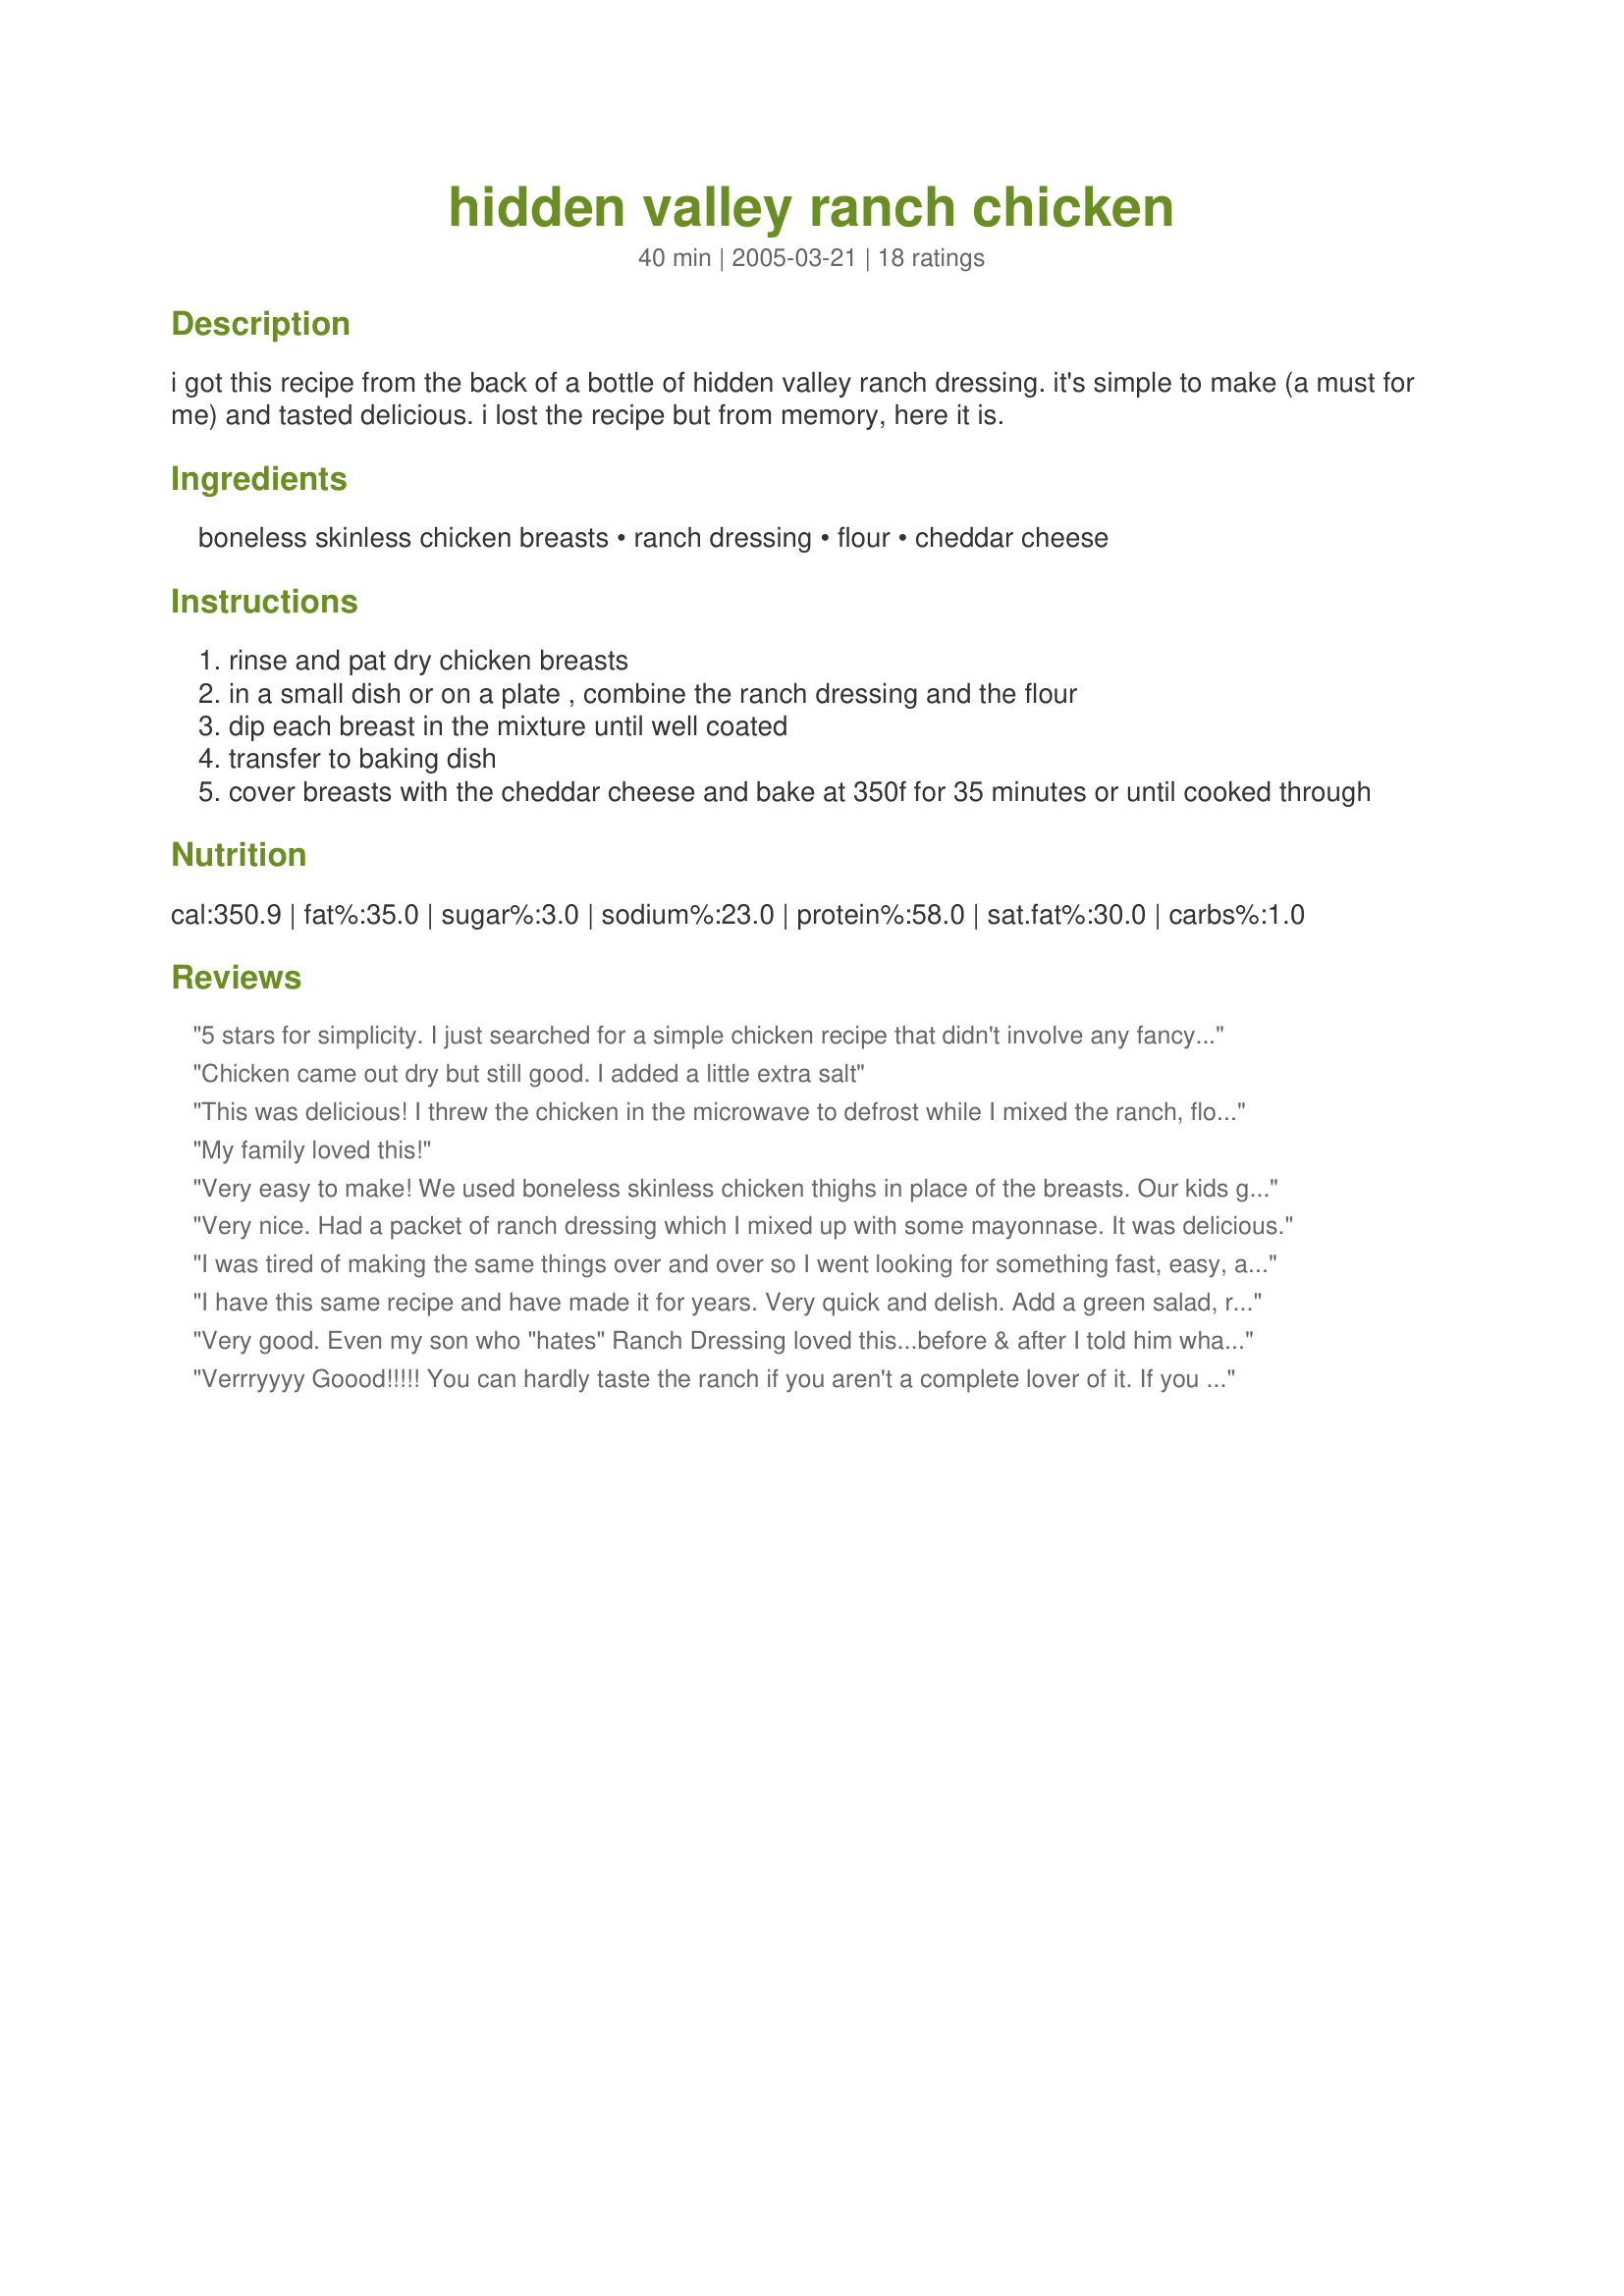
hidden valley ranch chicken
Preparation time: 40 minutes

i got this recipe from the back of a bottle of hidden valley ranch dressing. it's simple to make (a must for me) and tasted delicious. i lost the recipe but from memory, here it is.

Ingredients:
boneless skinless chicken breasts, ranch dressing, flour, cheddar cheese

Steps:
rinse and pat dry chicken breasts
in a small dish or on a plate , combine the ranch dressing and the flour
dip each breast in the mixture until well coated
transfer to baking dish
cover breasts with the cheddar cheese and bake at 350f for 35 minutes or until cooked through

Reviews:
5 stars for simplicity. I just searched for a simple chicken recipe that didn't involve any fancy ingredients while my chicken was thawing in the microwave tonight and found this recipe. It was moist, although a bit bland for my taste buds, but it is a good "last minute" recipe. I would almost always have the ingredients on hand. My kids liked it.
Chicken came out dry but still good. I added a little extra salt
This was delicious! I threw the chicken in the microwave to defrost while I mixed the ranch, flour and garlic and onion seasonings. I put a slice of cheddar on each breast. Served it with rice and broccoli. It was very tasty!
My family loved this!
Very easy to make! We used boneless skinless chicken thighs in place of the breasts. Our kids gobbled it up, but my husband and I felt like it needed a little something extra. Next time I might add some mushrooms and crumbled bacon! Thanks so much SAMS_Club!
Very nice. Had a packet of ranch dressing which I mixed up with some mayonnase. It was delicious.
I was tired of making the same things over and over so I went looking for something fast, easy, and different. This was perfect and actually had ingredients that I always have on hand. The only thing I did different was after I coated the chicken in the ranch mix I sprinkled lemon pepper on top then put the cheese. It was so good. I was weary that my son wouldn&#039;t eat it because he doesn&#039;t like ranch, but he was the first one done! This will be a permanent dish in my kitchen!
I have this same recipe and have made it for years. Very quick and delish. Add a green salad, rolls, and a fruit for dessert for those hectic days when you are short on time but everyone is starving. I sometimes double the recipe and make extra for lunch the next day.
Very good. Even my son who "hates" Ranch Dressing loved this...before & after I told him what was in it! So quick and easy to make with ingredients that we always have on hand.
Verrryyyy Goood!!!!! You can hardly taste the ranch if you aren't a complete lover of it. If you are, maybe poke some holes and let it marinate for a bit? I served over rice and had broccoli with cheese sauce as a side. The only thing I would say is use orange cheddar cheese... not white (for looks only). This is awesome! Especially if you are in a hurry!!!
Well, there were mixed reviews over this chicken. DBF said that he thought it rated three stars because it was nothing special and he wouldn't want it again. I however, thought it was delicious and wanted to rate it five stars, so I compromised with the four stars. This was easy to make and had good flavor (in my opinion). I'll definitely be making this again sometime when DBF isn't here. Thanks for posting!
Very good and very easy to prepare. Thanks for sharing.
This is THE BEST chicken I've ever eaten. The entire family loved it and it's on the menu at least once a week. I use low-fat ranch and cheese to make it a bit healthier but it's still absolutely awesome!
This gets 5 stars for being ridiculously easy, fast and still delicious. This recipe is perfect for when you are short on time, tired of cooking, or low on groceries. The ranch dressing flavors the chicken while it bakes and the cheddar cheese gives it a sharpness that keeps the chicken from just tasting like ranch dressing. While I would not serve this to guests, it is something that I will make again. I could see kids loving this mealâ€¦.and I can see moms and dads loving its ease. This one is going in my Ridiculously Easy, Fast and Delicious Cookbook for those nights when I need dinner fast and no fuss. Thanks for posting.
I skipped the cheddar and just stirred some parm into the mixture before coating the chicken. My husband actually said "yummalicious" when he went to get seconds, so this one will be made again. Thanks for sharing a quick delish weeknight dinner.
so easy and yummy. I use a yogurt ranch salad dressing I get from Wegman's instead of the hidden valley - works the same :-) I will be making this many times. Thanks for posting
My husband saw this same recipe off the ranch bottle a while ago and we've been making this once a week ever since! It is delicious! The only thing is the recipe calls for 1/4 cup grated Parmesan cheese in addition to the chedder cheese. Very good!
My DH and I agreed that 5 stars was the only way to go! I half the recipe cause it's just the two of us but it always turns out just perfect! Normally serve it with rice and broccoli but could be good with a baked potato and salad on the side!
